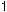
1